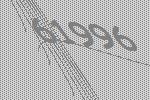
61996